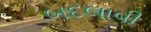
બદલાવી